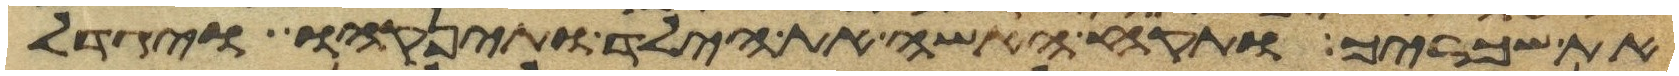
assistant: את שכריך ותקח האשה את הילד ותינקהו ויגדל